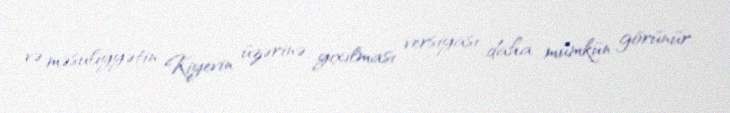
və məsuliyyətin Kiyevin üzərinə yıxılması versiyası daha mümkün görünür.